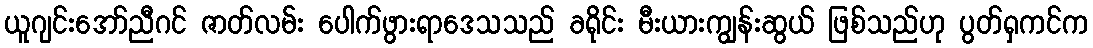
ယူဂျင်းအော်ညီဂင် ဇာတ်လမ်း ပေါက်ဖွားရာဒေသသည် ခရိုင်း မီးယားကျွန်းဆွယ် ဖြစ်သည်ဟု ပွတ်ရှကင်က